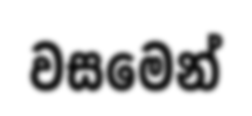
වසමෙන්